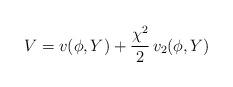
LaTeX: \begin{align*}V = v (\phi,Y) + \frac{\chi^2}{2} \, v_2 (\phi,Y)\end{align*}